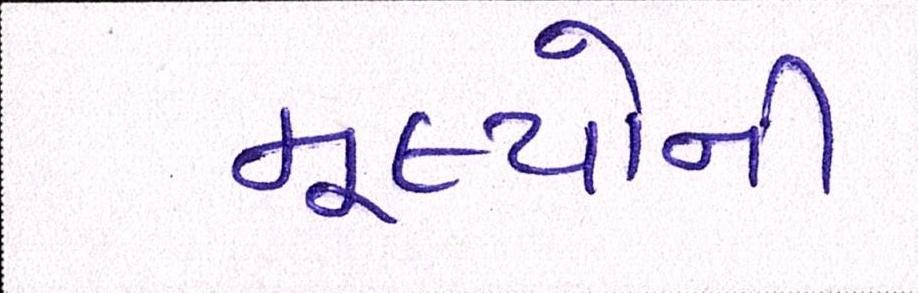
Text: મૂલ્યોની